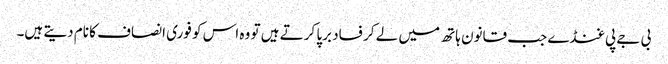
بی جے پی غنڈے جب قانون ہاتھ میں لے کر فساد برپا کرتے ہیں تو وہ اس کو فوری انصاف کا نام دیتے ہیں۔